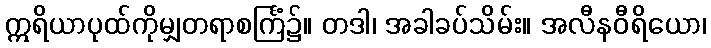
ဣရိယာပုထ်ကိုမျှတရာစင်္ကြံ၌။ တဒါ၊ အခါခပ်သိမ်း။ အလီနဝီရိယော၊